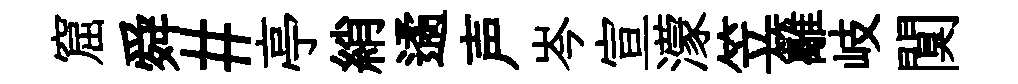
窟舜#亭綃遹声岑宣濛笠籬岐闃